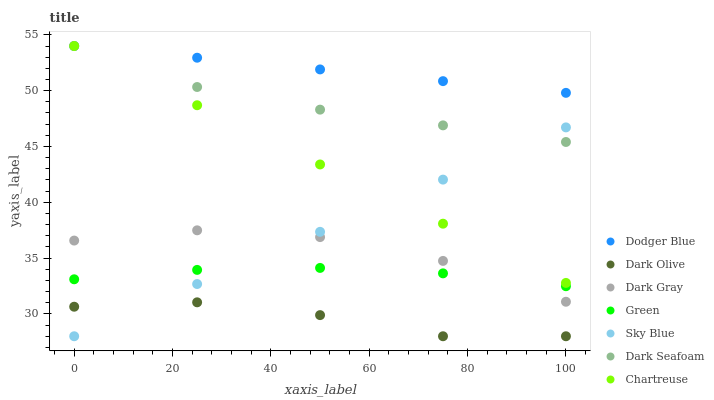
| xaxis_label | Dodger Blue | Dark Olive | Dark Gray | Green | Sky Blue | Dark Seafoam | Chartreuse |
 | --- | --- | --- | --- | --- | --- | --- | --- |
 | 0 | 54 | 30.6 | 36.6 | 33.1 | 28 | 54 | 54 |
 | 25 | 53 | 31 | 37.5 | 33.9 | 32.7 | 50.3 | 48.7 |
 | 50 | 51.9 | 29.9 | 36.9 | 34.1 | 37.4 | 48.3 | 43.4 |
 | 75 | 50.9 | 28 | 34.7 | 33.6 | 42 | 46.9 | 38.1 |
 | 100 | 49.8 | 28 | 31.1 | 32.5 | 46.7 | 45.4 | 32.8 |